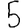
Digit: 5